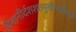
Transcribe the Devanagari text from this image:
सेनानीर्दशशतमुखैरप्यहिपति